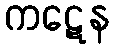
ကဋေန